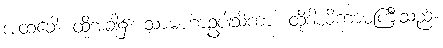
အထခေါ၊ ထိုအခါ၌။ သာမဟာဥပါသိကာ၊ ထိုဒါယိကာမကြီးသည်။